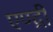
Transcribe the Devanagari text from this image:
एण्द्री